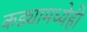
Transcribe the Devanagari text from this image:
कड्यामध्येही